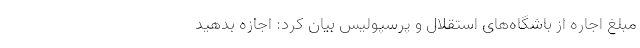
مبلغ اجاره از باشگاه‌های استقلال و پرسپولیس بیان کرد: اجازه بدهید